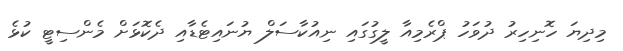
މިދިޔަ ހޮނިހިރު ދުވަހު ޕްރެމިއާ ލީގުގައި ނިއުކާސަލް ޔުނައިޓެޑާއި ދެކޮޅަށް މެންސިޓީ ކުޅެ